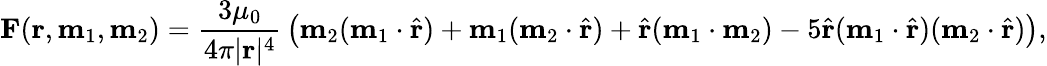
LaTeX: \mathbf{F}(\mathbf{r},\mathbf{m}_{1},\mathbf{m}_{2})={\frac{3\mu_{0}}{4\pi|\mathbf{r}|^{4}}}\left(\mathbf{m}_{2}(\mathbf{m}_{1}\cdot{\hat{\mathbf{r}}})+\mathbf{m}_{1}(\mathbf{m}_{2}\cdot{\hat{\mathbf{r}}})+{\hat{\mathbf{r}}}(\mathbf{m}_{1}\cdot\mathbf{m}_{2})-5{\hat{\mathbf{r}}}(\mathbf{m}_{1}\cdot{\hat{\mathbf{r}}})(\mathbf{m}_{2}\cdot{\hat{\mathbf{r}}})\right),